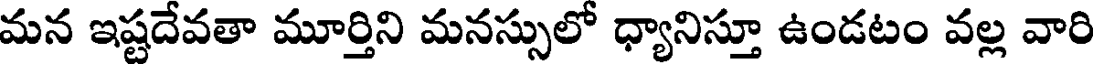
మన ఇష్టదేవతా మూర్తిని మనస్సులో ధ్యానిస్తూ ఉండటం వల్ల వారి